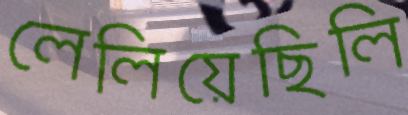
লেলিয়েছিলি